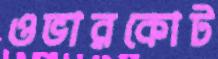
ওভারকোট